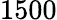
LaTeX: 1500